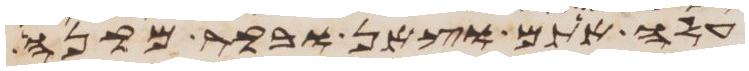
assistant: עלה אתם וצאן ובקר מקנה